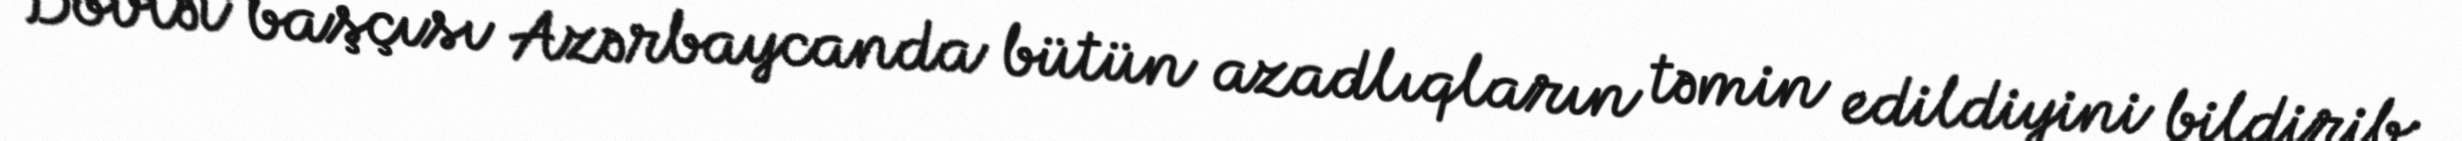
Dövlət başçısı Azərbaycanda bütün azadlıqların təmin edildiyini bildirib: